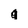
Character: g